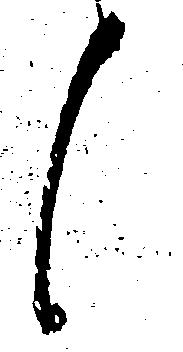
候